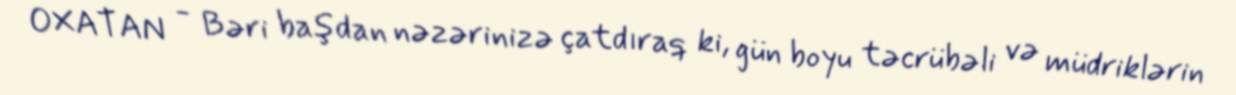
OXATAN - Bəri başdan nəzərinizə çatdıraq ki, gün boyu təcrübəli və müdriklərin